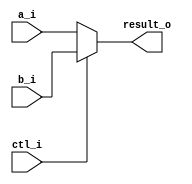
module MUX0(

input [3:0] a_i,b_i,
input ctl_i,
output[3:0] result_o);

//0a1b
assign result_o=ctl_i?b_i:a_i;

endmodule